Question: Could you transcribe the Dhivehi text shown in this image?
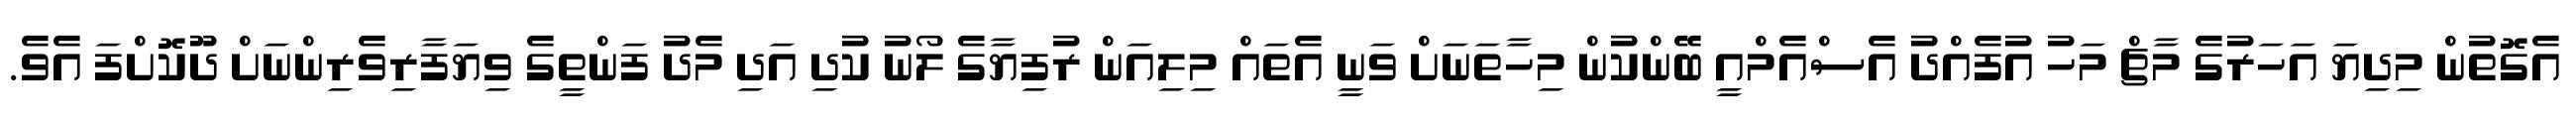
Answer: އެގޮތުން މިދިޔަ އަހަރުގެ މާޗް މަހު އުފެއްދު އެސްއެމްއީ ބޭންކުން މިހާތަނަށް ވަނީ އެތައް މިލިއަން ރުފިޔާގެ ލޯނު ކުދި އަދި މެދު ފަންތީގެ ވިޔަފާރިވެރިންނަށް ދޫކޮށްފަ އެވެ.